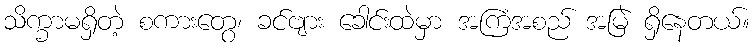
သိက္ခာမရှိတဲ့ စကားတွေ၊ ခင်ဗျား ခေါင်းထဲမှာ အကြံအစည် အမြဲ ရှိနေတယ်။